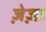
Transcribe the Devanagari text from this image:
ज़ेज़ा